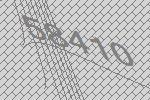
58410